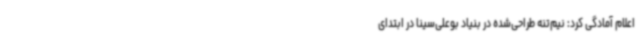
اعلام آمادگی کرد: نیم‌تنه طراحی‌شده در بنیاد بوعلی‌سینا در ابتدای